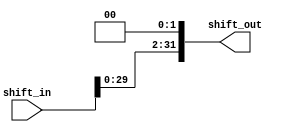
module LSHF(shift_out, shift_in);

    output  [31:0]  shift_out;
    input   [31:0]  shift_in;

    wire    [33:0]  shifted;

    assign shifted = shift_in << 2;
    assign shift_out = shifted[31:0];

endmodule